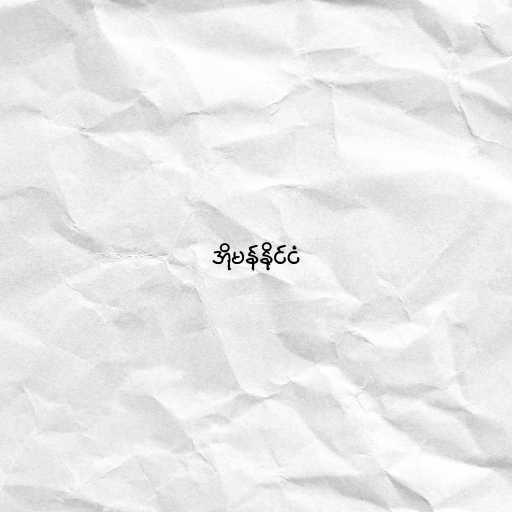
အိုမန်နိုင်ငံ